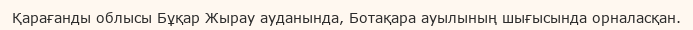
Қарағанды облысы Бұқар Жырау ауданында, Ботақара ауылының шығысында орналасқан.